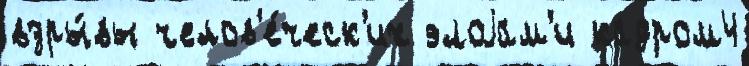
взры́вы челов'е́ческ'их элоjам'и кадром4